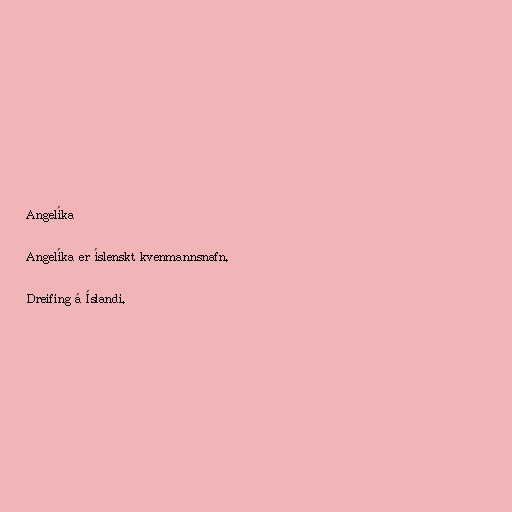
Angelíka

Angelíka er íslenskt kvenmannsnafn.

Dreifing á Íslandi.